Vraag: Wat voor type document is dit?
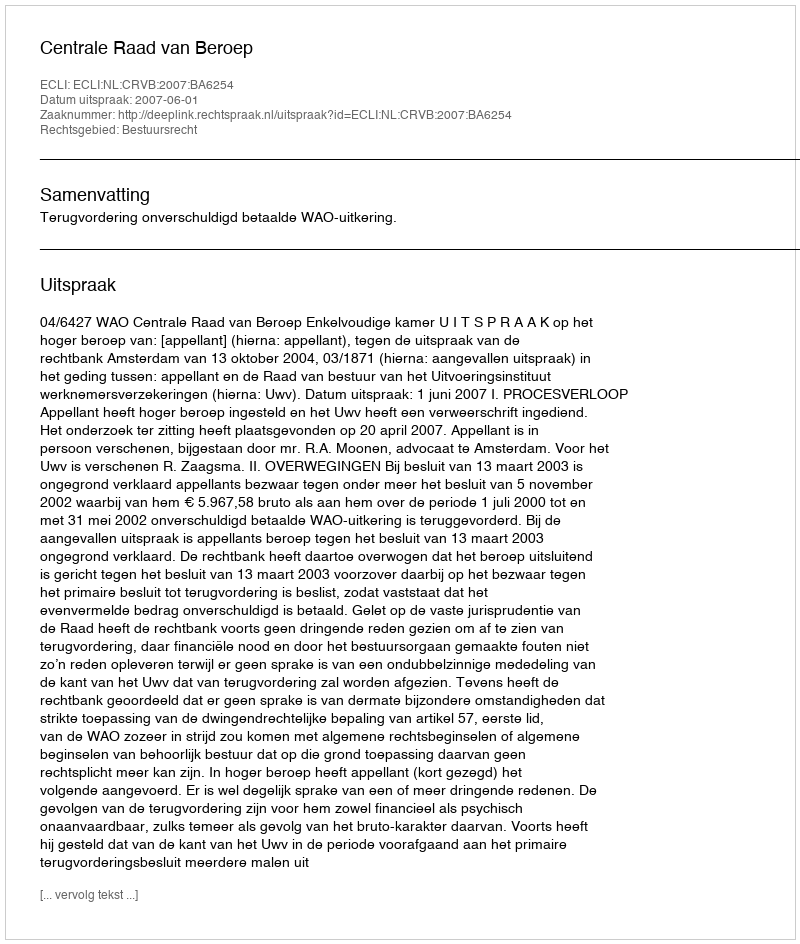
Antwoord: Uitspraak